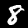
Label: 8